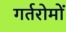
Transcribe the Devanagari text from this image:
गर्तरोमों